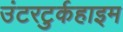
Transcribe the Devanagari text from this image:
उंटरटुर्कहाइम